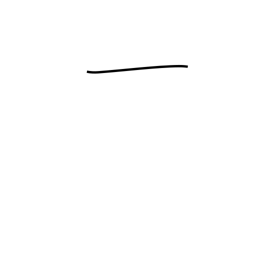
Meaning: one